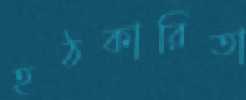
হঠকারিতা